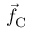
\vec { f } _ { \mathrm { C } }